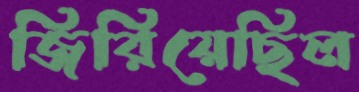
জিরিয়েছিল